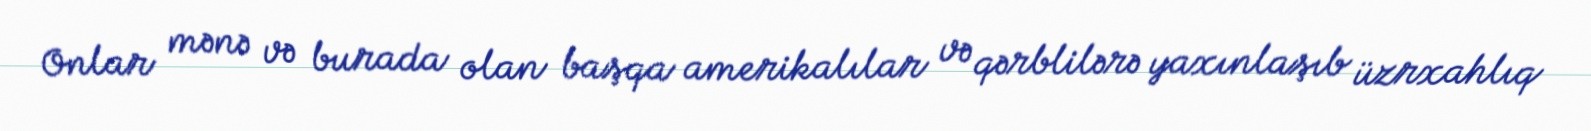
Onlar mənə və burada olan başqa amerikalılar və qərblilərə yaxınlaşıb üzrxahlıq